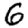
Digit: 6